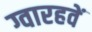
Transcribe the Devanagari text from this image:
ग्वारहवें